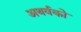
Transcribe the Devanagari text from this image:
अथर्वको